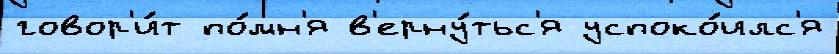
говор'и́т по́мн'я в'ерну́тьс'я успоко́илс'я